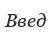
Введ